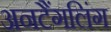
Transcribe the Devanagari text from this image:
अनटैंगलिंग